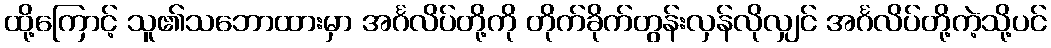
ထို့ကြောင့် သူ၏သဘောထားမှာ အင်္ဂလိပ်တို့ကို တိုက်ခိုက်တွန်းလှန်လိုလျှင် အင်္ဂလိပ်တို့ကဲ့သို့ပင်